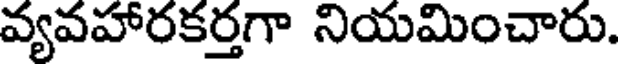
వ్యవహారకర్తగా నియమించారు.